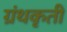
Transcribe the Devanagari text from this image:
ग्रंथकृती